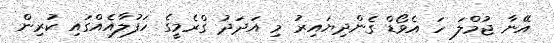
އޭނާ ޖުމްލަ ހަ އެވޯޑް ގެންދިޔައިރު މި އަދަދު ގްރެމީގެ ހަފުލާއެއްގައި ކުރިން